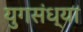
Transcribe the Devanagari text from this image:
युगसंध्या